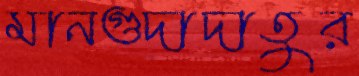
মানগুদাদাতুর